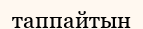
таппайтын